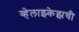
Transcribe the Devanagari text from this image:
व्हेलाझ्केझची